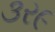
૩ર૯